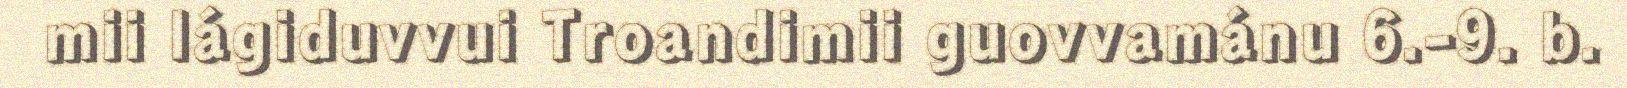
mii lágiduvvui Troandimii guovvamánu 6.-9. b.